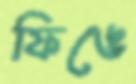
ফিঙে